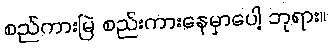
စည်ကားမြဲ စည်းကားနေမှာပေါ့ ဘုရား။